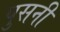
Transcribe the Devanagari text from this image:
पुसनी